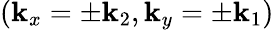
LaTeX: (\mathbf{k}_{x}=\pm\mathbf{k}_{2},\mathbf{k}_{y}=\pm\mathbf{k}_{1})